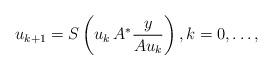
LaTeX: \begin{align*} u_{k+1}=S\left(u_k\,A^*\frac{y}{Au_k}\right),k=0,\dots,\end{align*}